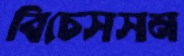
বিচেসসন